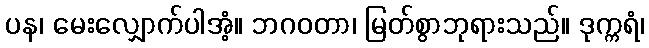
ပန၊ မေးလျှောက်ပါအံ့။ ဘဂဝတာ၊ မြတ်စွာဘုရားသည်။ ဒုက္ကရံ၊